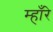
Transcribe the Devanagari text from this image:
म्हाँरे